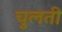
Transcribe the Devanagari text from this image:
चुलती